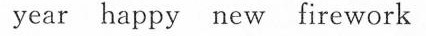
year happy new firework